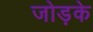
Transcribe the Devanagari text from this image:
जोड़के